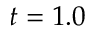
t = 1 . 0